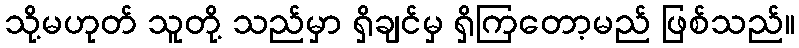
သို့မဟုတ် သူတို့ သည်မှာ ရှိချင်မှ ရှိကြတော့မည် ဖြစ်သည်။